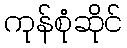
ကုန်စုံဆိုင်